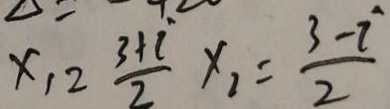
x _ { 1 } = \frac { 3 + i } { 2 } x _ { 2 } = \frac { 3 - i } { 2 }